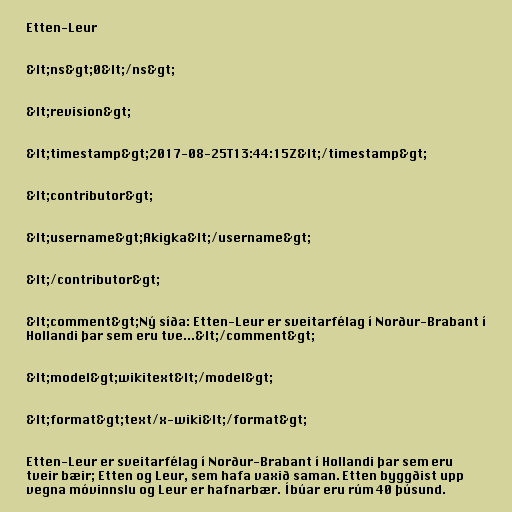
Etten-Leur

&lt;ns&gt;0&lt;/ns&gt;

&lt;revision&gt;

&lt;timestamp&gt;2017-08-25T13:44:15Z&lt;/timestamp&gt;

&lt;contributor&gt;

&lt;username&gt;Akigka&lt;/username&gt;

&lt;/contributor&gt;

&lt;comment&gt;Ný síða: Etten-Leur er sveitarfélag í Norður-Brabant í
Hollandi þar sem eru tve...&lt;/comment&gt;

&lt;model&gt;wikitext&lt;/model&gt;

&lt;format&gt;text/x-wiki&lt;/format&gt;

Etten-Leur er sveitarfélag í Norður-Brabant í Hollandi þar sem eru
tveir bæir; Etten og Leur, sem hafa vaxið saman. Etten byggðist upp
vegna móvinnslu og Leur er hafnarbær. Íbúar eru rúm 40 þúsund.